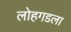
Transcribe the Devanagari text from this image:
लोहगडला